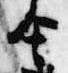
舎